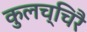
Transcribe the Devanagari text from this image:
कुलच्चिरै